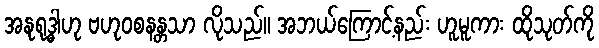
အနုရုဒ္ဓါဟု ဗဟုဝစနန္တသာ လိုသည်။ အဘယ်ကြောင့်နည်း ဟူမူကား ထိုသုတ်ကို